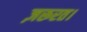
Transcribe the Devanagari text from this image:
ज़रूरत।